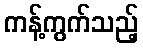
ကန့်ကွက်သည့်